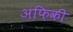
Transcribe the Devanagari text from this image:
अफ़िकी